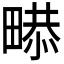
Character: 𤲻